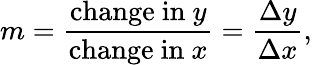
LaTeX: m={\frac{{\mathrm{change~in~}}y}{{\mathrm{change~in~}}x}}={\frac{\Delta y}{\Delta x}},